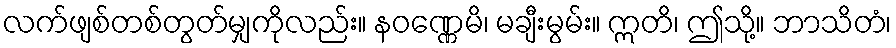
လက်ဖျစ်တစ်တွတ်မျှကိုလည်း။ နဝဏ္ဏေမိ၊ မချီးမွမ်း။ ဣတိ၊ ဤသို့။ ဘာသိတံ၊